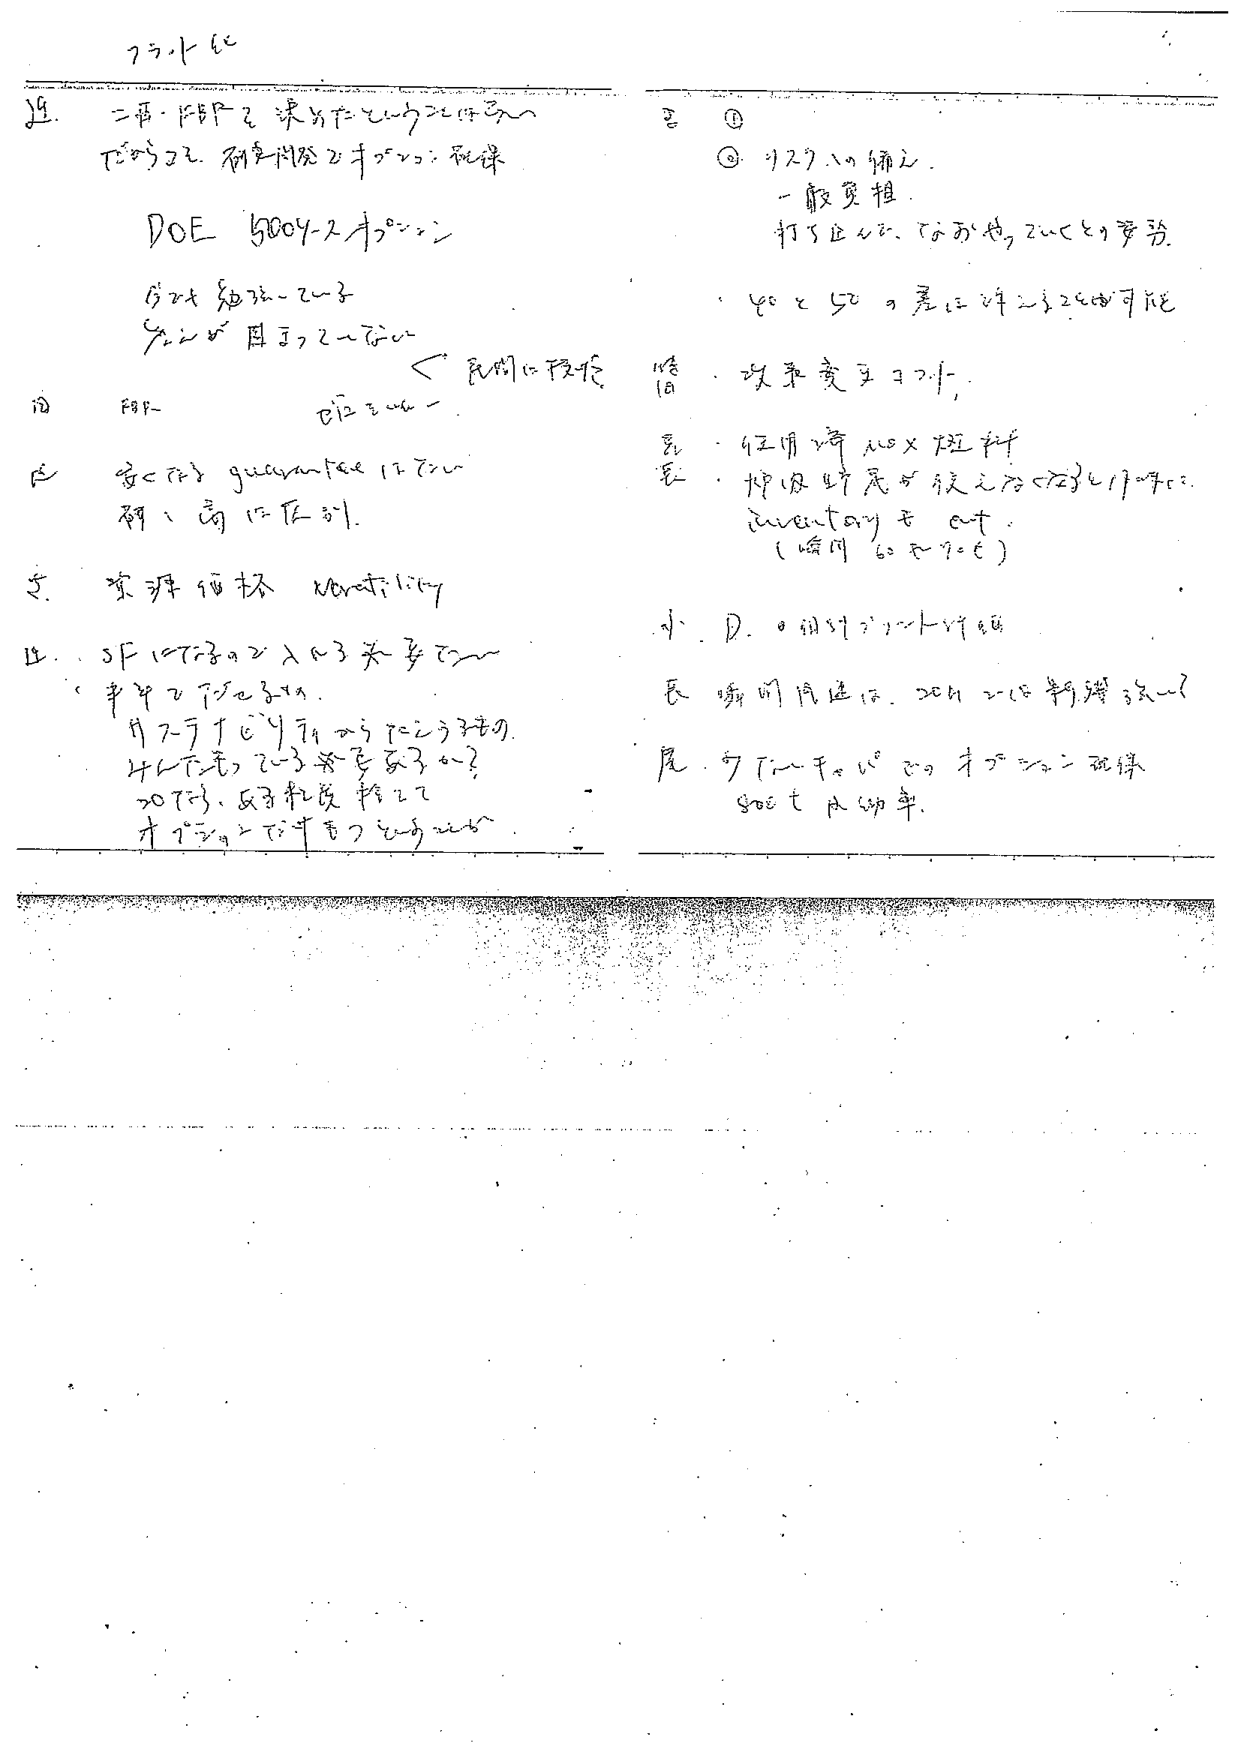
7ラット記

19. 二重・FBPを決めたというには弱い
下がりつつ、耐性内発でオプション視線

DOE 5004-2オプション
①2大強力なエラー
②2大目まつこーない ←民間に投げ

③ FBP- で記録を取る

④ 安定性の guarantee は不十分
例：高血圧例

5. 紫外線検査 UV testing

12. SF1の子の2人から発芽で〜
（半年で下がる予想）
片方だけが育つようにしたほうが
4ヶ月で完了できる予定
20代は、反対転換終了で
オプションで手をつけるべき

①
② リスクへの備え
一般変相
打ち止めで、なおも出るという事態
40と50の差は許される可能性
→ 攻撃変更コントロール

特徴
・4ヶ月で育つ×7匹計
・炉内47尾が終了予定で17匹が17匹で
inventaryをcut
（瞬間60匹予定）

小 D. 0.015リットル/日

長 期間用途は、20hで15判定3人〜?

尾 クリーナーで20オプション視線
soet は幼年